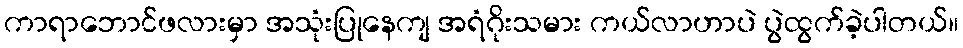
ကာရာဘောင်ဖလားမှာ အသုံးပြုနေကျ အရံဂိုးသမား ကယ်လာဟာပဲ ပွဲထွက်ခဲ့ပါတယ်။